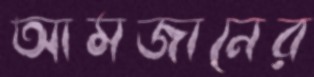
আমজানের